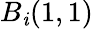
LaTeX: B_{\mathit{i}}(1,1)